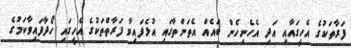
ފަރާތަކުގެ އެހީގައާއި އަދި އެހެނިހެން ބައެއް އެތަންތާގައި އުޅެފައިވާ ފަރާތްތަކުގެ އެހީގައި ހޯދާފައިވާކަމުގެ